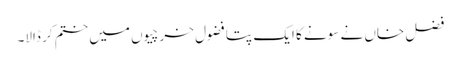
فضل خاں نے سونے کا ایک پتا فضول خرچیوں میں ختم کر ڈالا۔